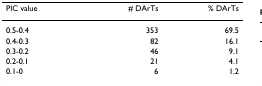
<table><thead><tr><td><b>PIC value</b></td><td><b># DArTs</b></td><td><b>% DArTs</b></td></tr></thead><tbody><tr><td>0.5-0.4</td><td>353</td><td>69.5</td></tr><tr><td>0.4-0.3</td><td>82</td><td>16.1</td></tr><tr><td>0.3-0.2</td><td>46</td><td>9.1</td></tr><tr><td>0.2-0.1</td><td>21</td><td>4.1</td></tr><tr><td>0.1-0</td><td>6</td><td>1.2</td></tr></tbody></table>